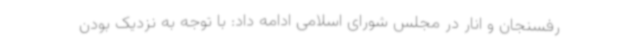
رفسنجان و انار در مجلس شورای اسلامی ادامه داد: با توجه به نزدیک بودن